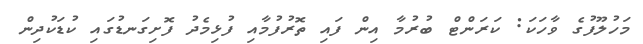
މަހުލޫފުގެ ވާހަކަ: ކަރަންޓް ބުރުމާ އިން ފައި ތޮރުފުމާއި ފުޅިމެދު ފޮށިގަނޑުގައި ކުޑަކުދިން